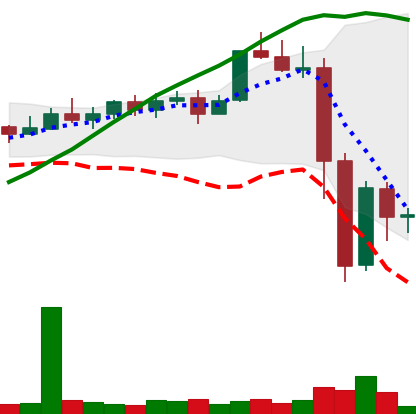
Ticker: XMR-USD
Chart end date: 2022-11-12
Forward return: 3.39%
Label: up_3_5